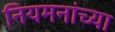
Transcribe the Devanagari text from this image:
नियमनांच्या